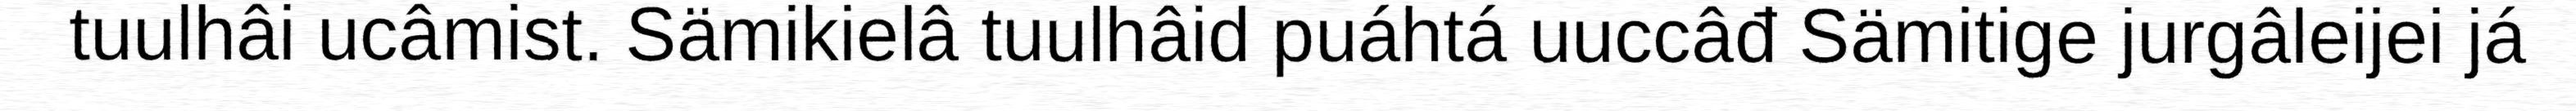
tuulhâi ucâmist. Sämikielâ tuulhâid puáhtá uuccâđ Sämitige jurgâleijei já